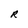
Character: R